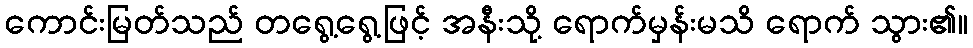
ကောင်းမြတ်သည် တရွေ့ရွေ့ဖြင့် အနီးသို့ ရောက်မှန်းမသိ ရောက် သွား၏။